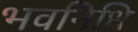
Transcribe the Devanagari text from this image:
भवनिधि